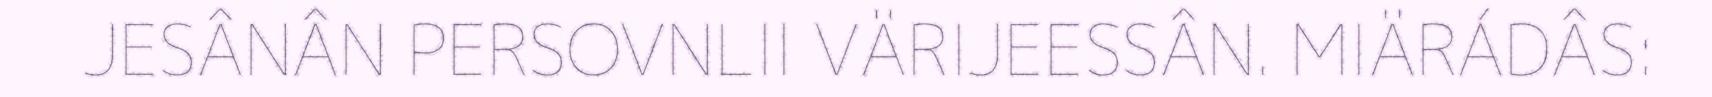
JESÂNÂN PERSOVNLII VÄRIJEESSÂN. MIÄRÁDÂS: